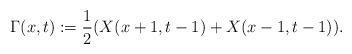
LaTeX: \begin{align*}\Gamma(x,t) := \frac{1}{2}(X(x+1,t-1) + X(x-1, t-1)).\end{align*}